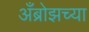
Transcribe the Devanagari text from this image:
अँब्रोझच्या